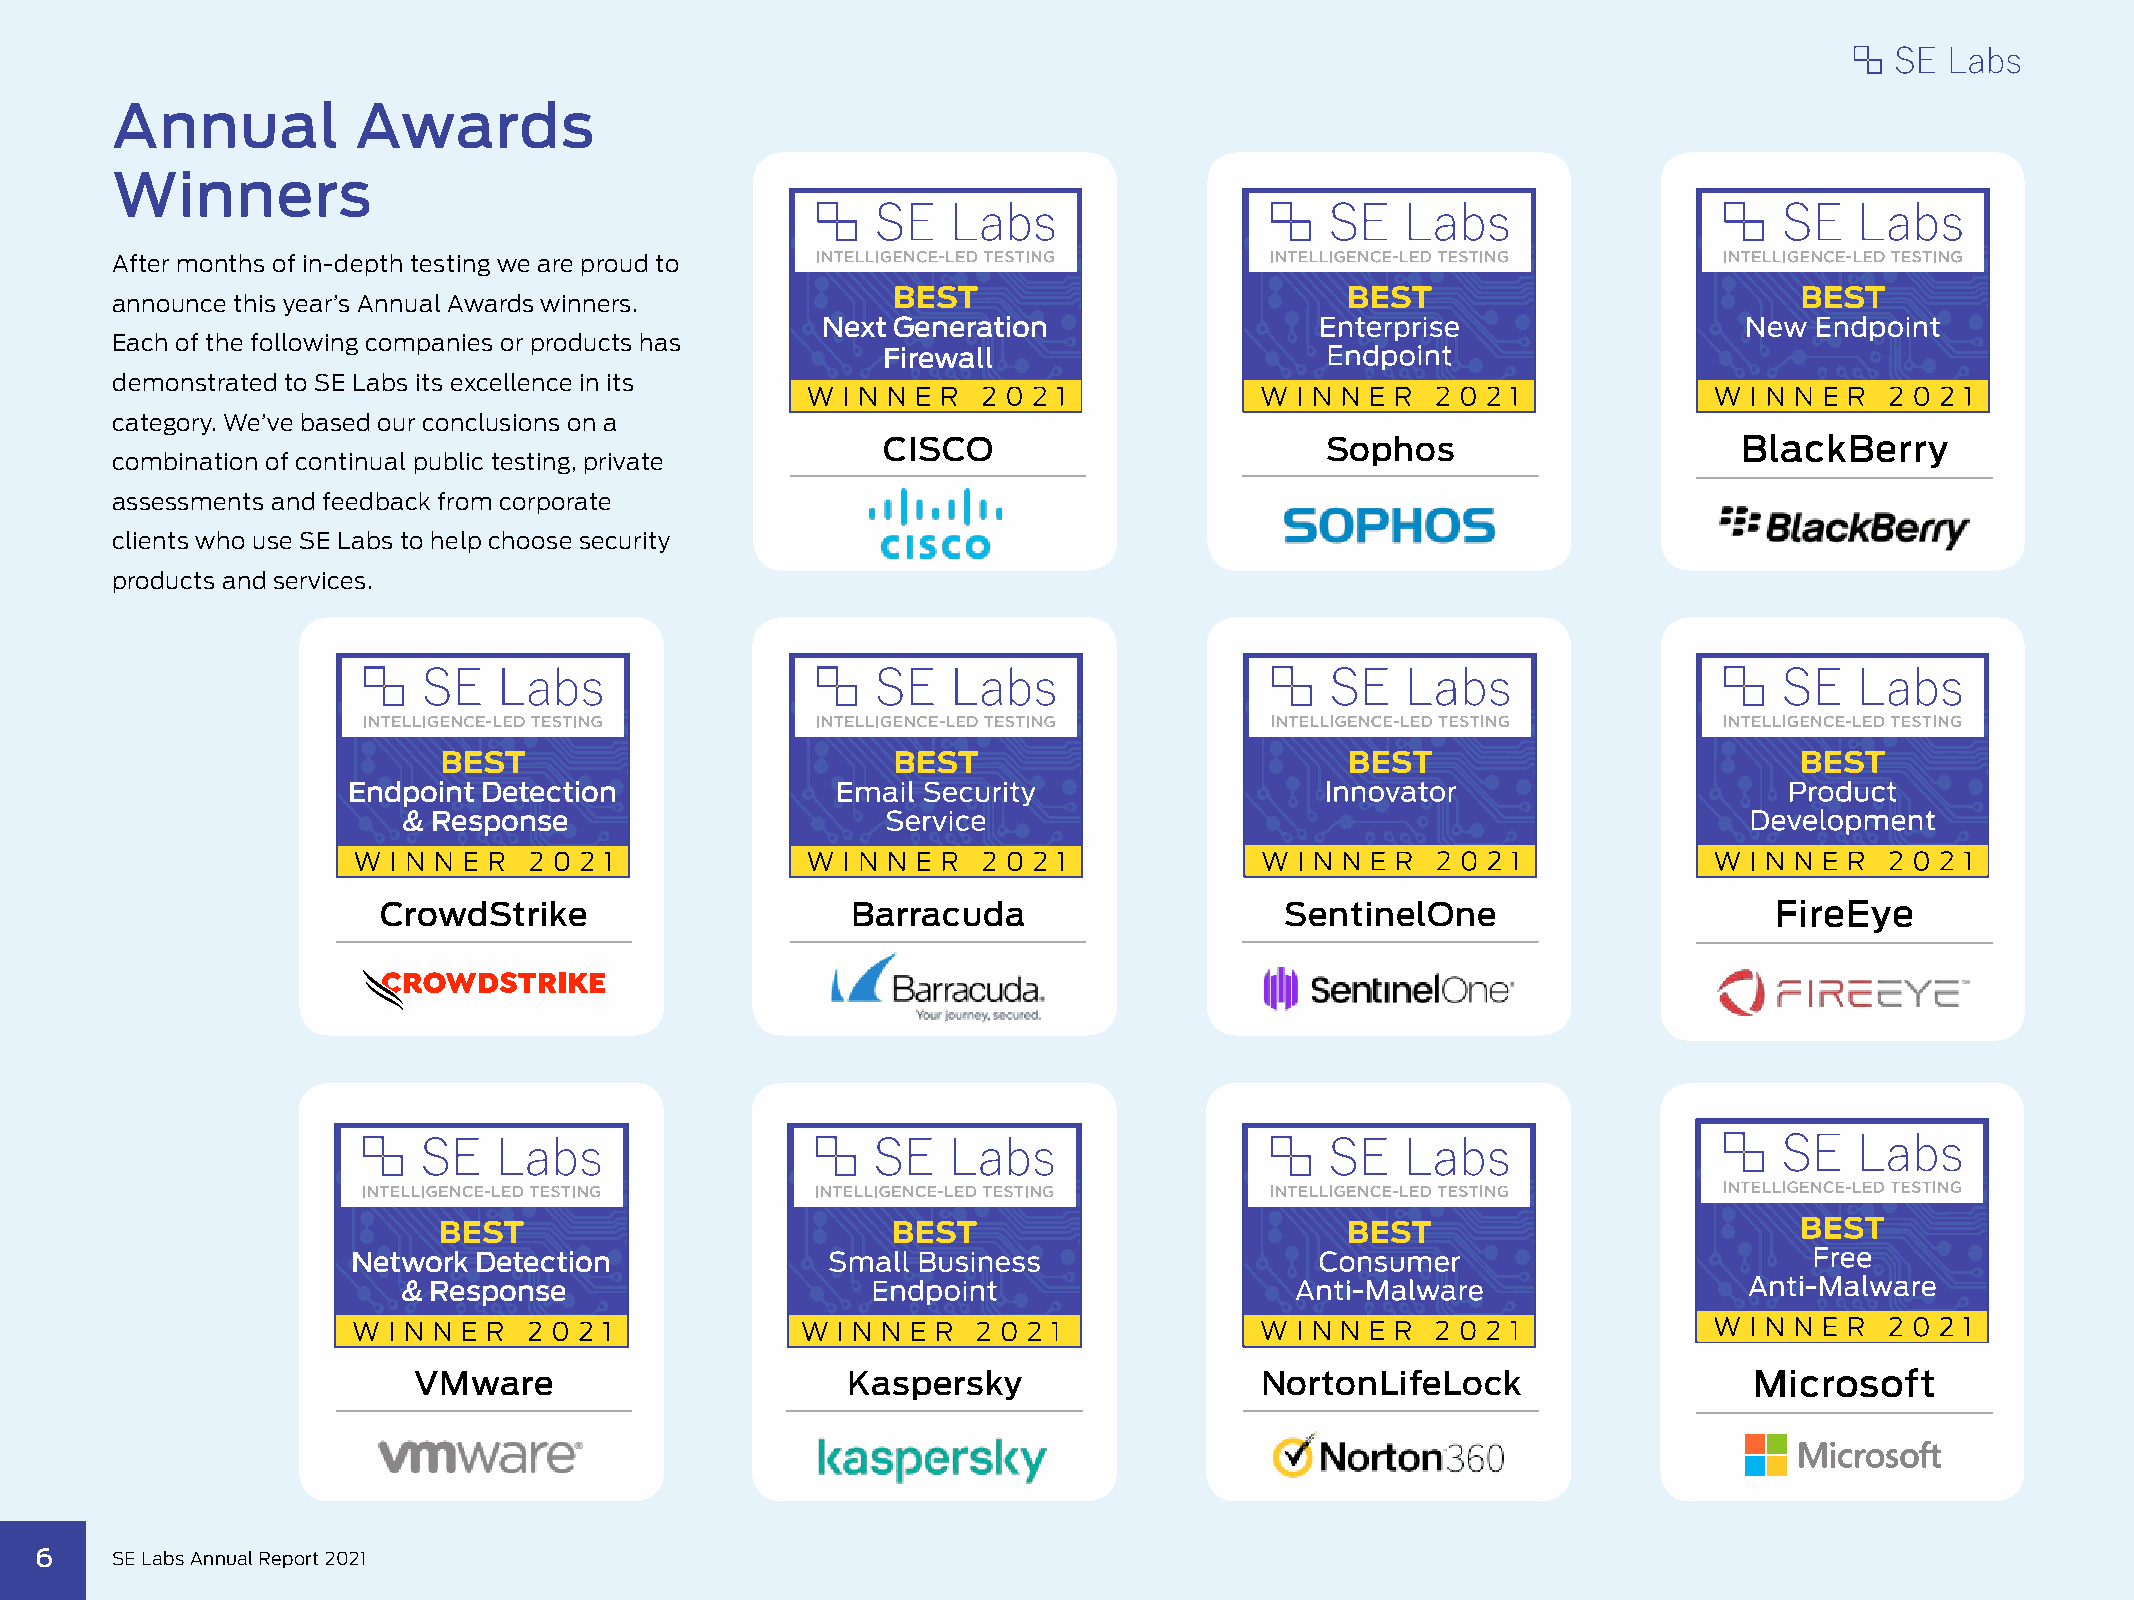
Annual           Awards
 Winners
 After months of in-depth testing we are proud to
 announce this year’s Annual Awards winners.
 Next Generation
 Each of the following companies or products has
 Firewall
 demonstrated to SE Labs its excellence in its
 category. We’ve based our conclusions on a
 CISCO                         Sophos                     BlackBerry
 combination of continual public testing, private
 assessments and feedback from corporate
 clients who use SE Labs to help choose security
 products and services.
 Endpoint Detection
 & Response
 CrowdStrike                    Barracuda                    SentinelOne                     FireEye
 Network Detection
 & Response
 W I N N E R 2 0 2 1           W  I N N E R 2 0 2 1
 VMware                       Kaspersky                  NortonLifeLock                   Microsoft
 6    SSEE LLaabbss AAnnnnuuaall RReeppoorrtt 22002211